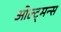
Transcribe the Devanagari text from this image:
ओल्ट्मन्स